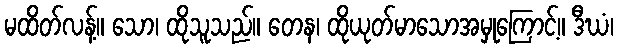
မထိတ်လန့်။ သော၊ ထိုသူသည်။ တေန၊ ထိုယုတ်မာသောအမှုကြောင့်။ ဒီဃံ၊